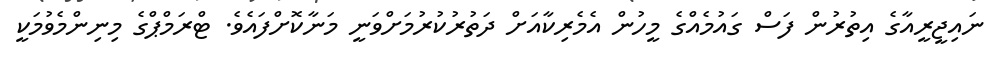
ނައިޖީރީއާގެ އިތުރުން ފަސް ގައުމެއްގެ މީހުން އެމެރިކާއަށް ދަތުރުކުރުމަށްވަނީ މަނާކޮށްފައެވެ. ޓްރަމްޕްގެ މިނިންމެވުމަކީ